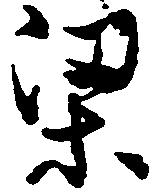
梁